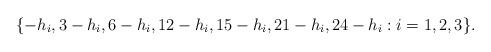
LaTeX: \begin{align*} \{-h_i,3 - h_i,6 - h_i,12 - h_i,15 - h_i,21 - h_i,24 - h_i : i = 1,2,3\}.\end{align*}